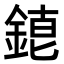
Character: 𨨇